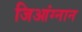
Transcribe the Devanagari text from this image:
जिआंग्नान